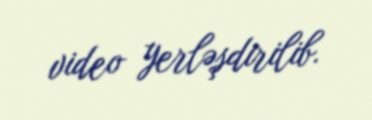
video yerləşdirilib.